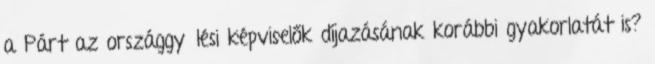
a Párt az országgyűlési képviselők díjazásának korábbi gyakorlatát is?